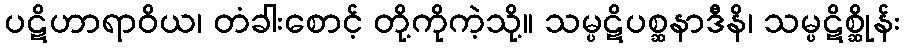
ပဋိဟာရာဝိယ၊ တံခါးစောင့် တို့ကိုကဲ့သို့။ သမ္ပဋိပစ္ဆနာဒီနိ၊ သမ္ပဋိစ္ဆိုန်း